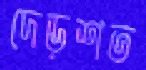
দেড়শত